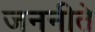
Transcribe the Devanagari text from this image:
जननीते